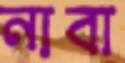
নাবা